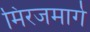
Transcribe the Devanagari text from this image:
मिरजमार्गे